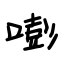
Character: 嘭